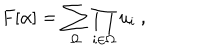
F [ \alpha ] = \sum _ { \Omega } \prod _ { i \in \Omega } u _ { i } \ ,